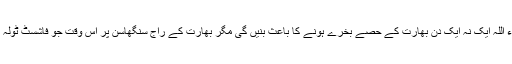
اس وقت بھارت کے اندر درجنوں علیحدگی پسند اور خود مختاری کی تحریکیں چل رہی ہیں جو انشاء اللہ ایک نہ ایک دن بھارت کے حصے بخرے ہونے کا باعث بنیں گی مگر بھارت کے راج سنگھاسن پر اس وقت جو فاشسٹ ٹولہ براجمان ہے‘ اس کے پیش نظر صرف اور صرف مسلم کشی کے عمل کو تیز سے تیز تر کرنا ہے۔